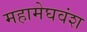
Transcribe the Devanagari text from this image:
महामेघवंश